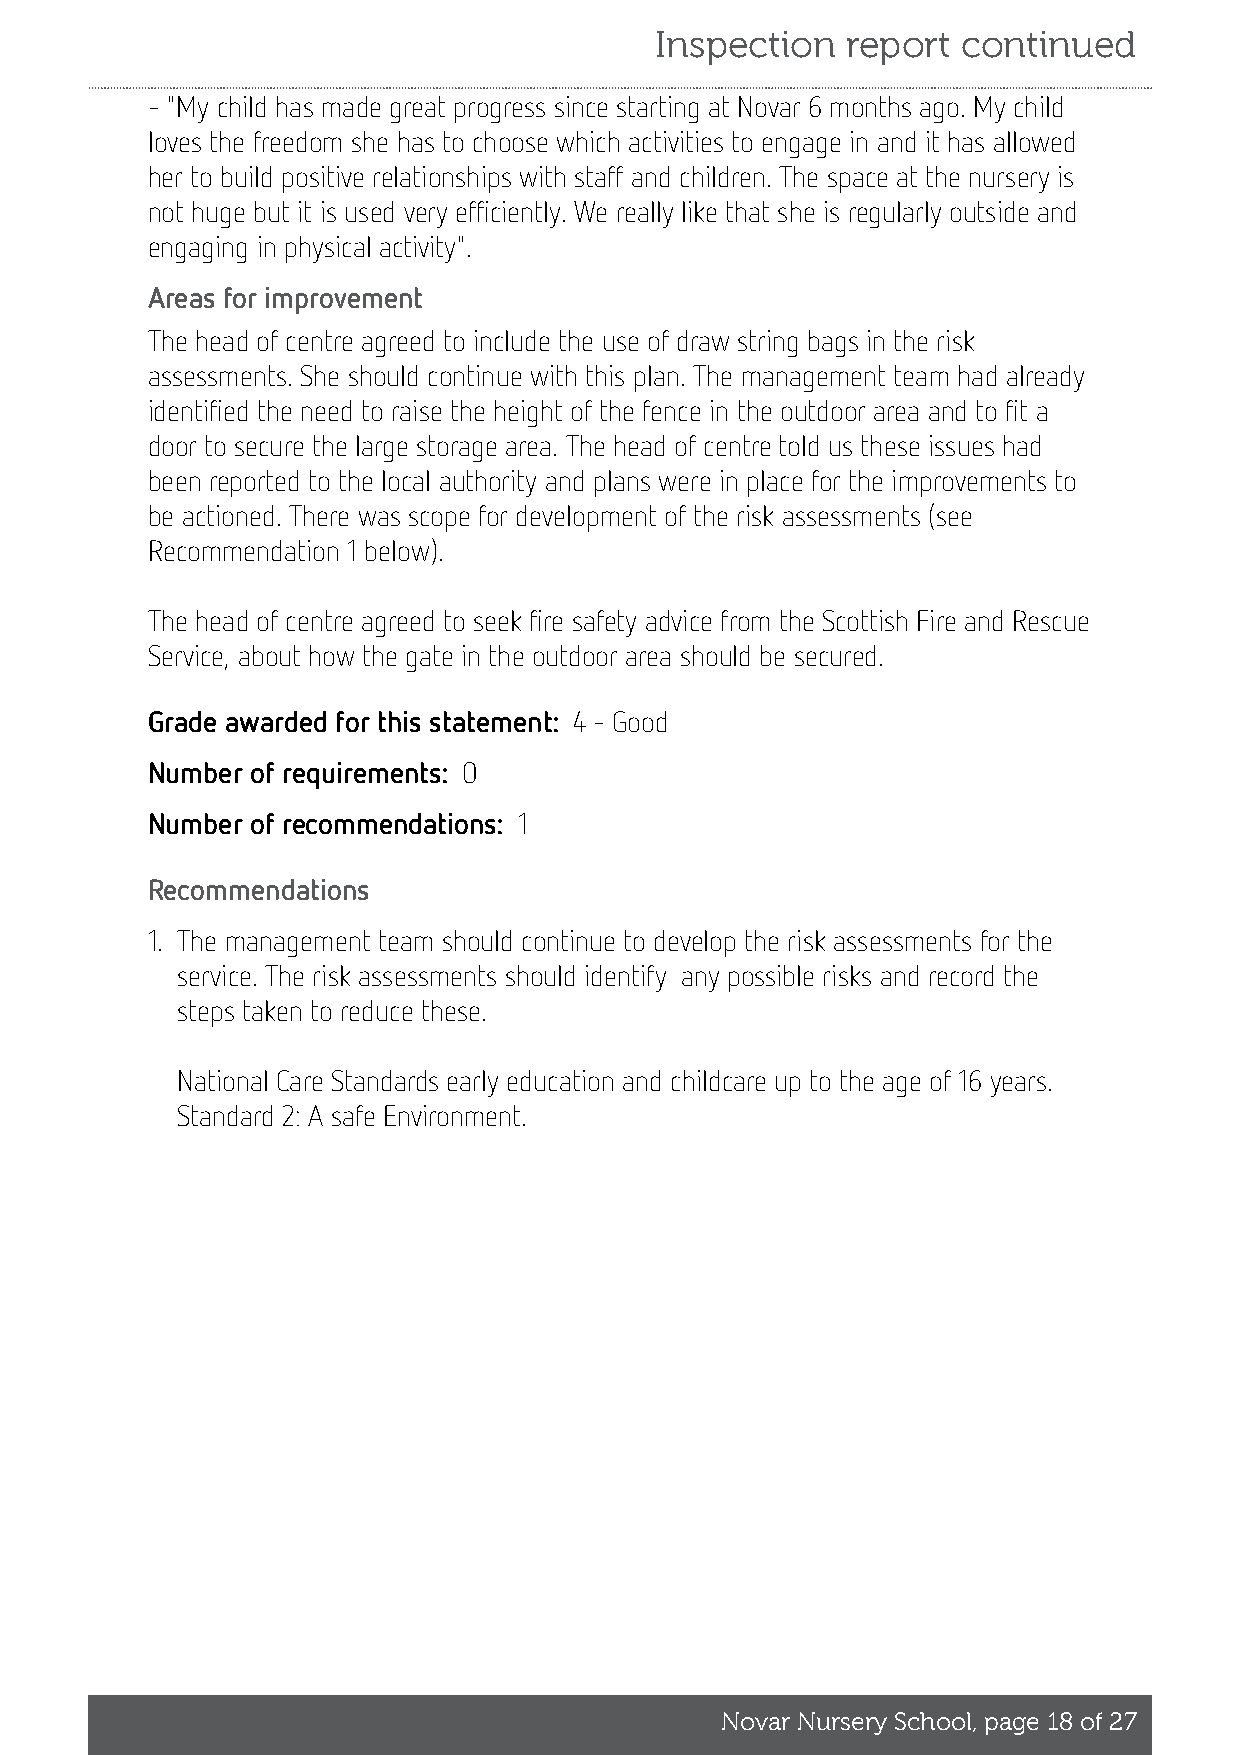
Inspection   report  continued
 - "My child has made great progress since starting at Novar 6 months ago. My child
 loves the freedom she has to choose which activities to engage in and it has allowed
 her to build positive relationships with staff and children. The space at the nursery is
 not huge but it is used very efficiently. We really like that she is regularly outside and
 engaging in physical activity".
 Areas for improvement
 The head of centre agreed to include the use of draw string bags in the risk
 assessments. She should continue with this plan. The management team had already
 identified the need to raise the height of the fence in the outdoor area and to fit a
 door to secure the large storage area. The head of centre told us these issues had
 been reported to the local authority and plans were in place for the improvements to
 be actioned. There was scope for development of the risk assessments (see
 Recommendation 1 below).
 The head of centre agreed to seek fire safety advice from the Scottish Fire and Rescue
 Service, about how the gate in the outdoor area should be secured.
 Grade awarded for this statement: 4 - Good
 Number of requirements: 0
 Number of recommendations: 1
 Recommendations
 1. The management team should continue to develop the risk assessments for the
 service. The risk assessments should identify any possible risks and record the
 steps taken to reduce these.
 National Care Standards early education and childcare up to the age of 16 years.
 Standard 2: A safe Environment.
 Novar Nursery School, page 18 of 27